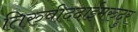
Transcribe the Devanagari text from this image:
तिरुवीददाईमरुदुर